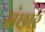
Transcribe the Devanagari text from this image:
संछार